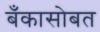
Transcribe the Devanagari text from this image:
बँकासोबत